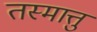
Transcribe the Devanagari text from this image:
तस्मात्तु